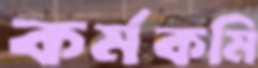
কর্মকমি